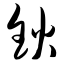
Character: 钬